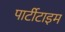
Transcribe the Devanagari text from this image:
पार्टीटाइम